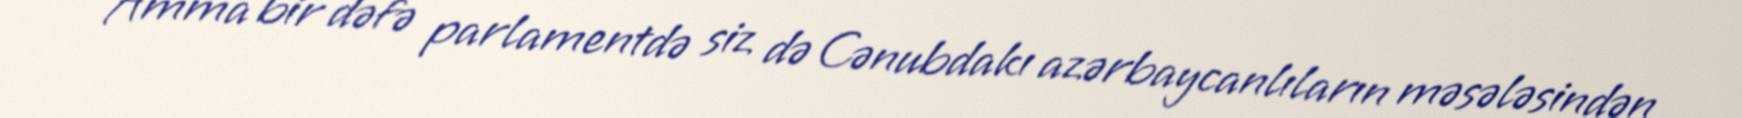
- Amma bir dəfə parlamentdə siz də Cənubdakı azərbaycanlıların məsələsindən